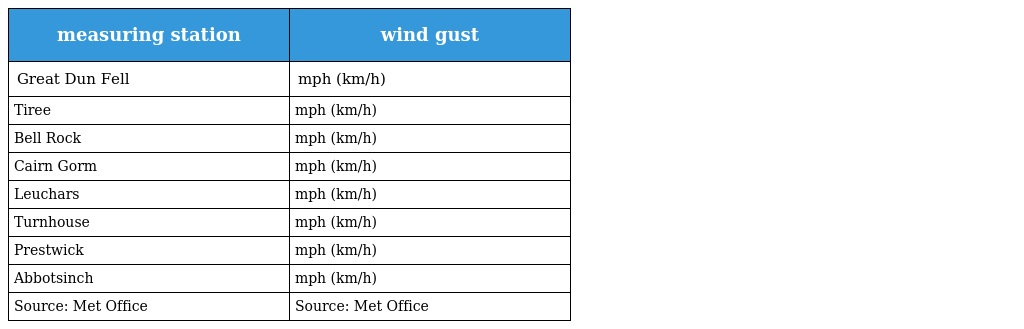
| measuring station | wind gust |
 | --- | --- |
 | Great Dun Fell | mph (km/h) |
 | Tiree | mph (km/h) |
 | Bell Rock | mph (km/h) |
 | Cairn Gorm | mph (km/h) |
 | Leuchars | mph (km/h) |
 | Turnhouse | mph (km/h) |
 | Prestwick | mph (km/h) |
 | Abbotsinch | mph (km/h) |
 | Source: Met Office | Source: Met Office |